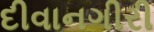
દીવાનગીરી